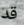
قد